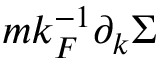
m k _ { F } ^ { - 1 } \partial _ { k } \Sigma